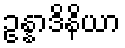
ဥန္နာဒိနိယာ